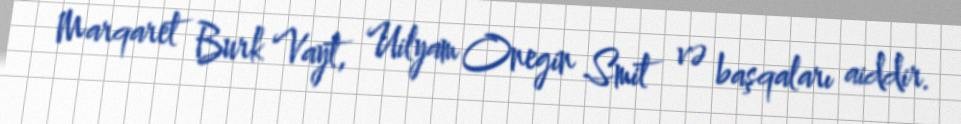
Marqaret Burk Vayt, Uilyam Onegin Smit və başqaları aiddir.